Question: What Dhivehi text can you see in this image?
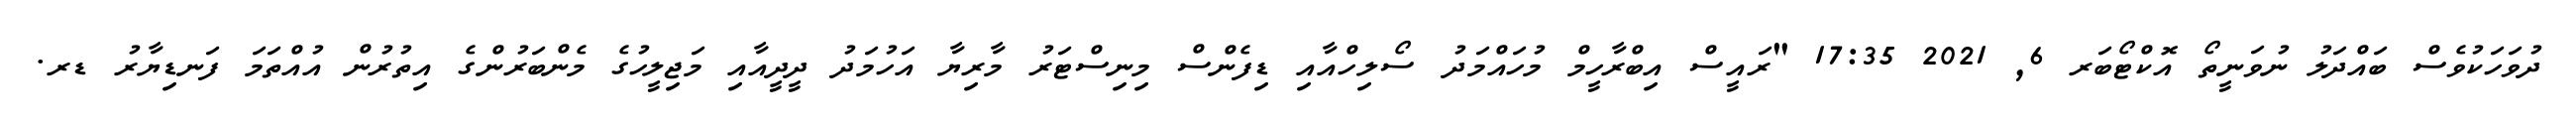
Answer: ދުވަހަކުވެސް ބައްދަލު ނުވަނީތޯ އޮކްޓޯބަރ 6, 2021 17:35 "ރައީސް އިބްރާހީމް މުހައްމަދު ސޯލިހްއާއި ޑިފެންސް މިނިސްޓަރު މާރިޔާ އަހުމަދު ދީދީއާއި މަޖިލީހުގެ މެންބަރުންގެ އިތުރުން އުއްތަމަ ފަނޑިޔާރު ޑރ.